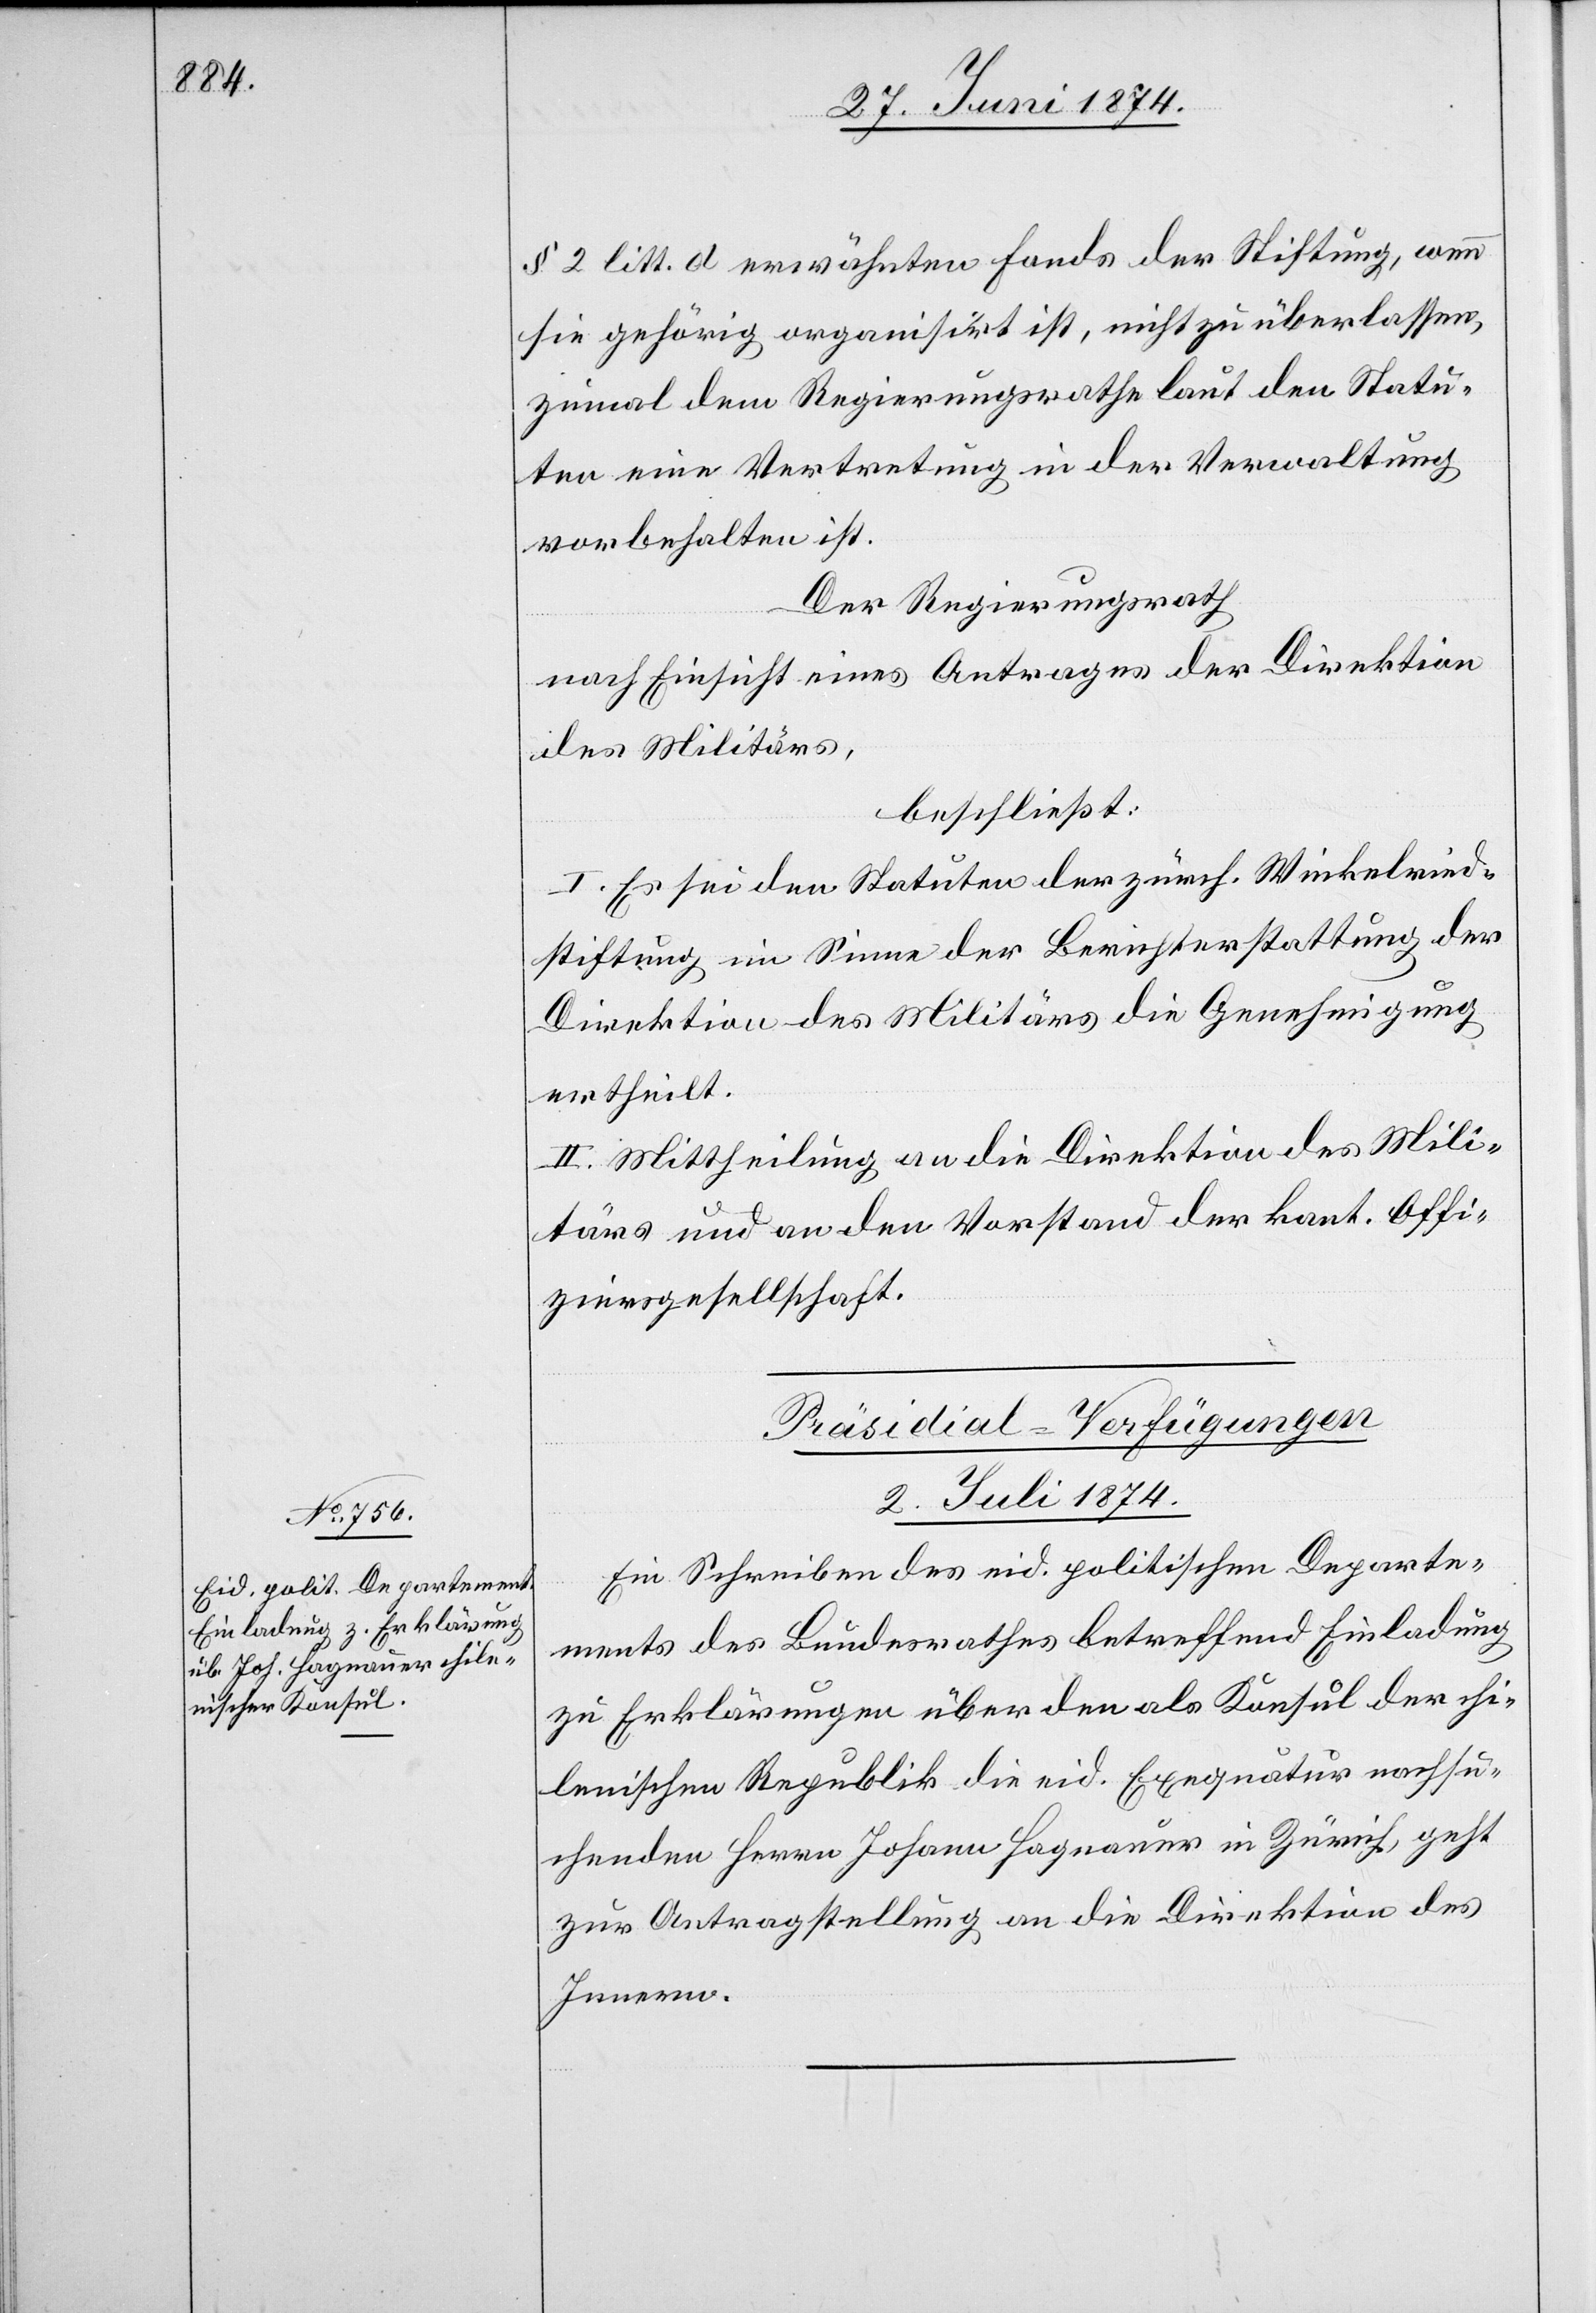
§ 2 litt. d. erwähnten Fonds der Stiftung, wenn
sie gehörig organisirt ist, nicht zu überlassen,
zumal dem Regierungsrathe laut den Statu¬
ten eine Vertretung in der Verwaltung
vorbehalten ist.
Der Regierungsrath
nach Einsicht eines Antrages der Direktion
des Militärs,
beschließt:
I. Es sei den Statuten der zürch. Winkelried¬
stiftung im Sinne der Berichterstattung der
Direktion des Militärs die Genehmigung
ertheilt.
II. Mittheilung an die Direktion des Mili¬
tärs und an den Vorstand der kant. Offi¬
ziersgesellschaft.
Präsidial-Verfügungen
2. Juli 1874.
Ein Schreiben des eid. politischen Departe¬
ments des Bundesrathes betreffend Einladung
zu Erklärungen über den als Konsul der chi¬
lenischen Republik die eid. Exequatur nachsu¬
chenden Herrn Johann Hagnauer in Zürich, geht
zur Antragstellung an die Direktion des
Innern.